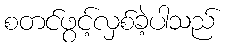
စတင်ဖွင့်လှစ်ခဲ့ပါသည်